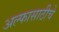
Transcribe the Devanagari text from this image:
अल्फासाठीचे